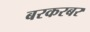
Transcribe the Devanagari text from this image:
बरकरबर